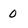
Character: 0